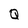
Character: Q